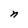
Character: n